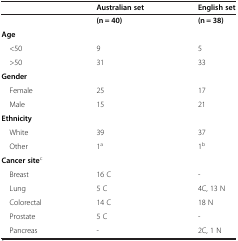
|  | Australian set | English set |
 | --- | --- | --- |
 |  | (n = 40) | (n = 38) |
 | Age |  |  |
 | <50 | 9 | 5 |
 | >50 | 31 | 33 |
 | Gender |  |  |
 | Female | 25 | 17 |
 | Male | 15 | 21 |
 | Ethnicity |  |  |
 | White | 39 | 37 |
 | Other | 1a | 1b |
 | Cancer sitec |  |  |
 | Breast | 16 C | - |
 | Lung | 5 C | 4C, 13 N |
 | Colorectal | 14 C | 18 N |
 | Prostate | 5 C | - |
 | Pancreas | - | 2C, 1 N |